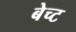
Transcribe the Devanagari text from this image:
बेच्ट